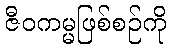
ဇီဝကမ္မဖြစ်စဉ်ကို